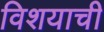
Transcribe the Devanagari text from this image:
विशयाची